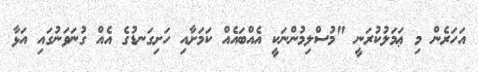
އަހަރެން މި ޢަމަލުކުރަނީ "މުސްލިމުންނަކީ އެއްބައެއް ކަމަށާއި ހަށިގަނޑުގެ އެއް ގުނަވަނުގައި އަޅާ